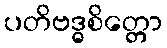
ပတိဗဒ္ဓစိတ္တော